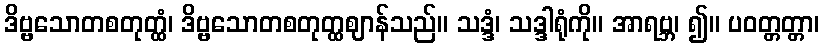
ဒိဗ္ဗသောတစတုတ္ထံ၊ ဒိဗ္ဗသောတစတုတ္ထဈာန်သည်။ သဒ္ဒံ၊ သဒ္ဒါရုံကို။ အာရဗ္ဘ၊ ၍။ ပဝတ္တတ္တာ၊